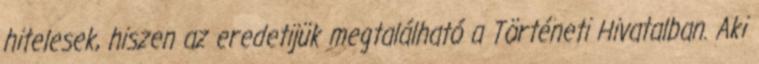
hitelesek, hi­szen az eredetijük megtalálható a Történeti Hivatalban. Aki